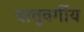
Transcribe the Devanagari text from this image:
धातूवर्गीय